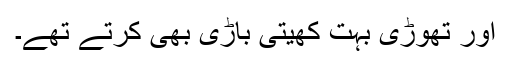
اور تھوڑی بہت کھیتی باڑی بھی کرتے تھے۔